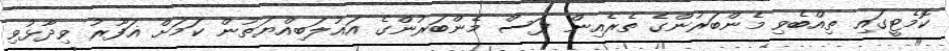
ކޮމެޓީގައި ތިއްބެވި މެންބަރުންގެ ތެރެއިން ފަސް މެންބަރުންގެ އަޣުލަބިއްޔަތުން ކަމަށް ޣަފޫރު ވިދާޅުވި